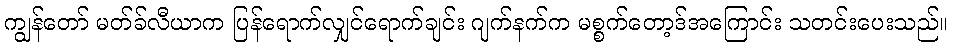
ကျွန်တော် မတ်ခ်လီယာက ပြန်ရောက်လျှင်ရောက်ချင်း ဂျက်နက်က မစ္စက်တော့ဒ်အကြောင်း သတင်းပေးသည်။